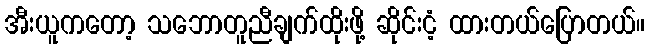
အီးယူကတော့ သဘောတူညီချက်ထိုးဖို့ ဆိုင်းငံ့ ထားတယ်ပြောတယ်။